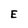
Character: E